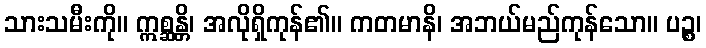
သားသမီးကို။ ဣစ္ဆန္တိ၊ အလိုရှိကုန်၏။ ကတမာနိ၊ အဘယ်မည်ကုန်သော။ ပဉ္စ၊